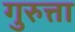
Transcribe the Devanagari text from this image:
गुरुत्ता